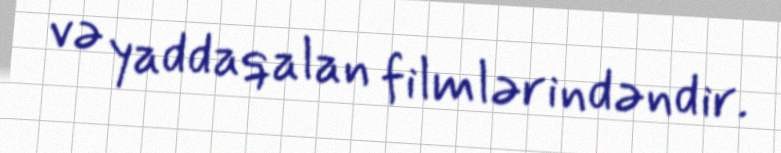
və yaddaqalan filmlərindəndir.